Madras plague regulations and rules - Volume 1
Disease focus: Plague
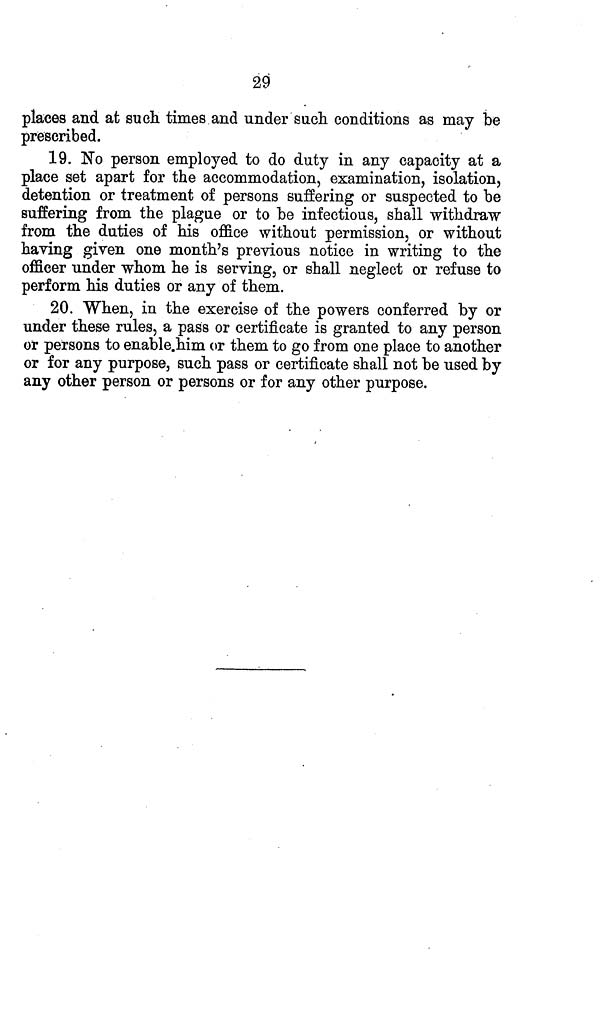
29
places and at such times and under such conditions as may be
prescribed.
19. No person employed to do duty in any capacity at a
place set apart for the accommodation, examination, isolation,
detention or treatment of persons suffering or suspected to be
suffering from the plague or to be infectious, shall withdraw
from the duties of his office without permission, or without
having given one month's previous notice in writing to the
officer under whom he is serving, or shall neglect or refuse to
perform his duties or any of them.
20. When, in the exercise of the powers conferred by or
under these rules, a pass or certificate is granted to any person
or persons to enable him or them to go from one place to another
or for any purpose, such pass or certificate shall not be used by
any other person or persons or for any other purpose.